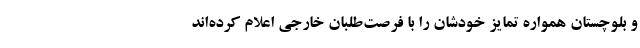
و بلوچستان همواره تمایز خودشان را با فرصت‌طلبان خارجی اعلام کرده‌اند